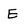
Character: E